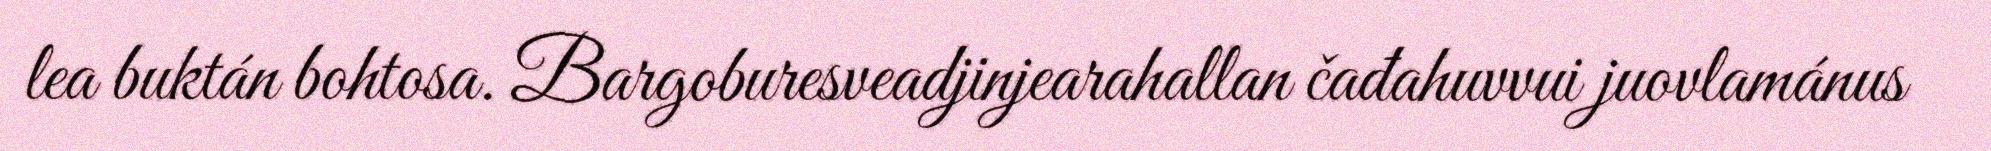
lea buktán bohtosa. Bargoburesveadjinjearahallan čađahuvvui juovlamánus